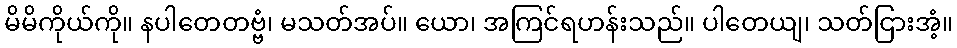
မိမိကိုယ်ကို။ နပါတေတဗ္ဗံ၊ မသတ်အပ်။ ယော၊ အကြင်ရဟန်းသည်။ ပါတေယျ၊ သတ်ငြားအံ့။